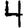
Digit: 4